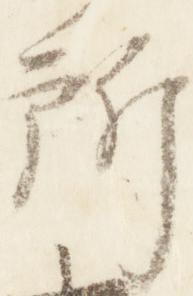
所